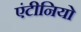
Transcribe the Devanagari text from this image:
एंटीनियो